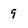
Character: 9